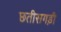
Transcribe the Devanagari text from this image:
छतीसगड़ी